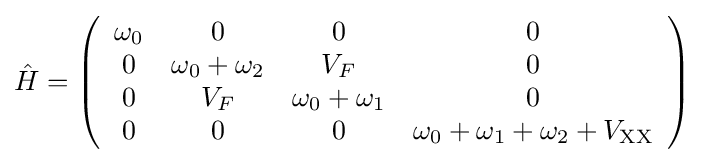
{\hat {H}}=\left({\begin{array}{cccc}\omega _{0}&0&0&0\\0&\omega _{0}+\omega _{2}&V_{F}&0\\0&V_{F}&\omega _{0}+\omega _{1}&0\\0&0&0&\omega _{0}+\omega _{1}+\omega _{2}+V_{\text{XX}}\end{array}}\right)